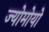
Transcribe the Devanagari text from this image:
ज्योमोयो